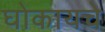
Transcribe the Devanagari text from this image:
घोकायचे